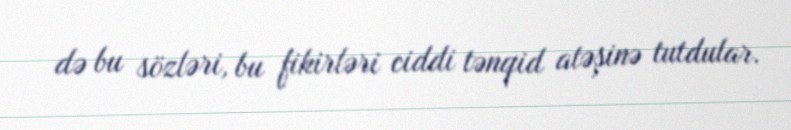
də bu sözləri, bu fikirləri ciddi tənqid atəşinə tutdular.